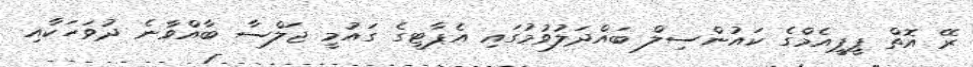
ރޭ އޮތް ޕީޕީއެމްގެ ކައުންސިލް ބައްދަލުވުމުގައި އެޕާޓީގެ ގައުމީ ޖަލްސާ ބާއްވާނެ ދުވަހަކާއި